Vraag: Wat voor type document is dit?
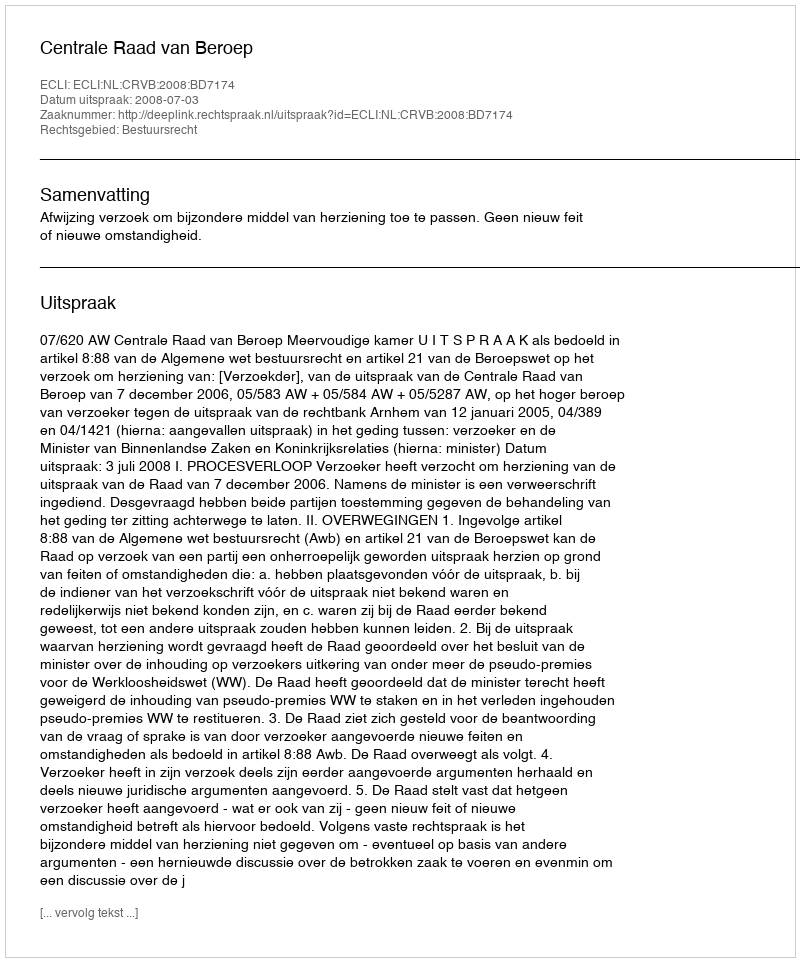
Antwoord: Uitspraak